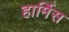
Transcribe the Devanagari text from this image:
हार्मिस